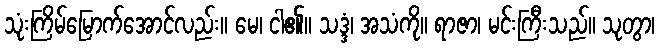
သုံးကြိမ်မြောက်အောင်လည်း။ မေ၊ ငါ၏။ သဒ္ဒံ၊ အသံကို။ ရာဇာ၊ မင်းကြီးသည်။ သုတွာ၊